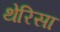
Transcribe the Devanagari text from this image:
थेरिसा